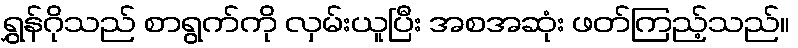
ရွှန်ဂိုသည် စာရွက်ကို လှမ်းယူပြီး အစအဆုံး ဖတ်ကြည့်သည်။